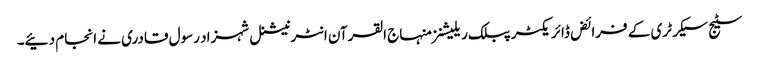
سٹیج سیکرٹری کے فرائض ڈائریکٹر پبلک ریلیشنز منہاج القرآن انٹرنیشنل شہزاد رسول قادری نے انجام دئیے۔